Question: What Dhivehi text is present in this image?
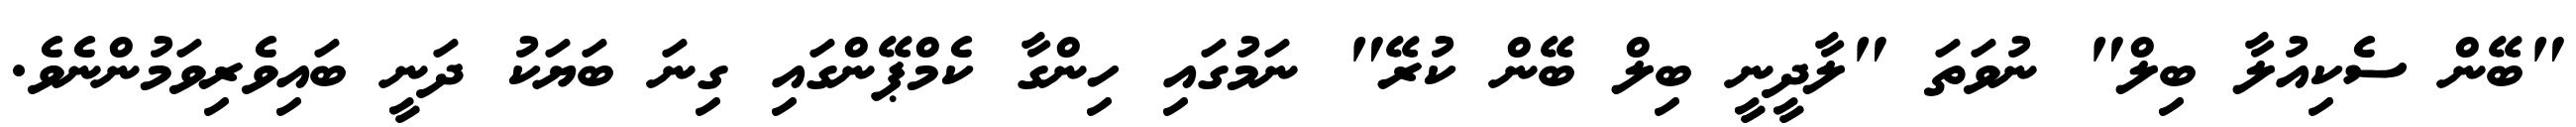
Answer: "ބޭން ސެކިއުލާ ބިލް" ނުވަތަ "ލާދީނީ ބިލް ބޭން ކުރޭ" ނަމުގައި ހިންގާ ކެމްޕޭންގައި ގިނަ ބަޔަކު ދަނީ ބައިވެރިވަމުންނެވެ.